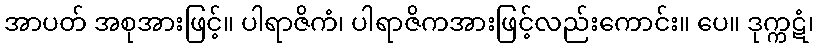
အာပတ် အစုအားဖြင့်။ ပါရာဇိကံ၊ ပါရာဇိကအားဖြင့်လည်းကောင်း။ ပေ။ ဒုက္ကဋံ၊